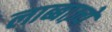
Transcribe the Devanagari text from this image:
लाब्बाज़्ये